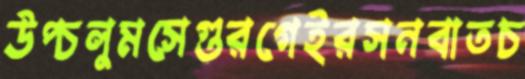
উপ্‌চলুমসেগুরগেইরসনবাতচ